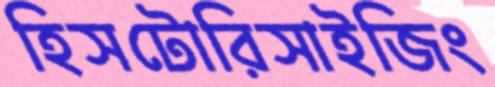
হিসটোরিসাইজিং